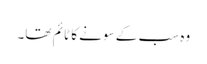
وہ سب کے سونے کا ٹائم تھا۔